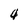
Character: 4